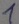
Text: 1